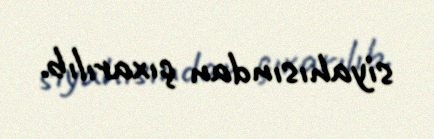
siyahısından çıxarılıb.